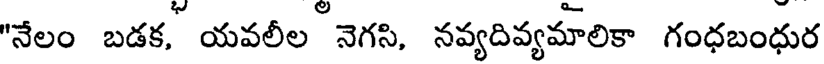
"నేలం బడక, యవలీల నెగసి, నవ్యదివ్యమాలికా గంధబంధుర